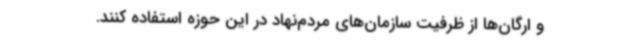
و ارگان‌ها از ظرفیت سازمان‌های مردم‌نهاد در این حوزه استفاده کنند.